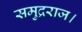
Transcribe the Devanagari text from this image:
समुद्रराज।